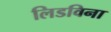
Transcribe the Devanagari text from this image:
लिडविना